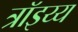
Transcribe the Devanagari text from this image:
त्रॉइय्य